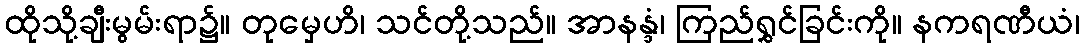
ထိုသို့ချီးမွမ်းရာ၌။ တုမှေဟိ၊ သင်တို့သည်။ အာနန္ဒံ၊ ကြည်ရွှင်ခြင်းကို။ နကရဏီယံ၊